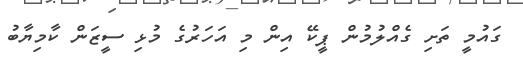
ގައުމީ ތަށި ގެއްލުމުން ޕީކޭ އިން މި އަހަރުގެ މުޅި ސީޒަން ކާމިޔާބު